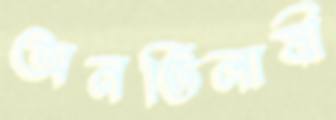
অনভিলাষী